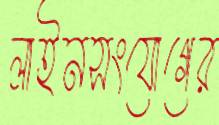
লাইনসংযোগের